Calcutta medical institutions reports 1871-78
Year: 1871
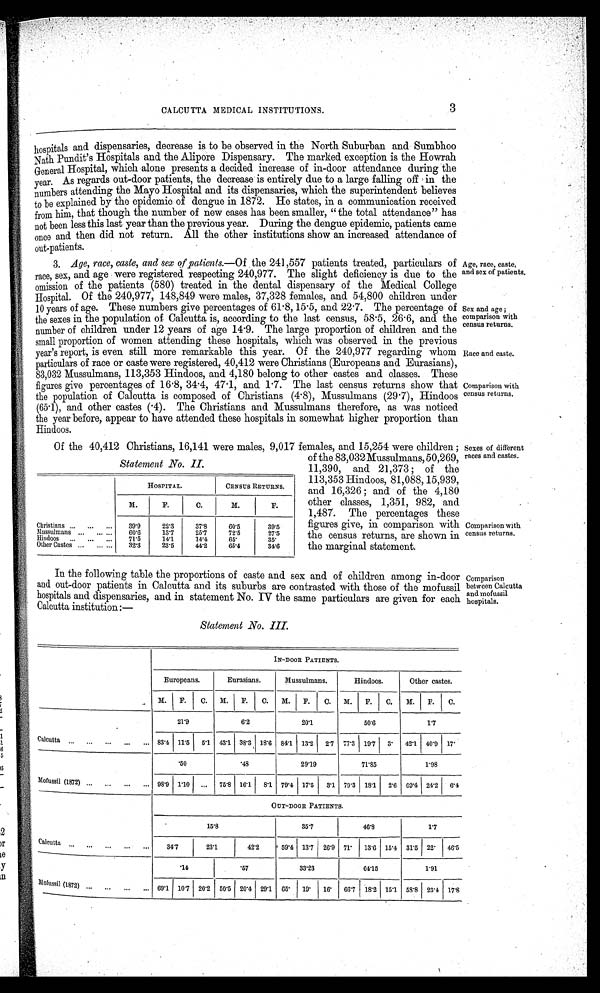
CALCUTTA MEDICAL INSTITUTIONS.
3
hospitals and dispensaries, decrease is to be observed in the North Suburban and Sumbhoo
Nath Pundit 's Hospitals and the Alipore Dispensary. The marked exception is the Howrah
General Hospital, which alone presents a decided increase of in-door attendance during the
year. As regards out-door patients, the decrease is entirely due to a large falling off in the
numbers attending the Mayo Hospital and its dispensaries, which the superintendent believes
to be explained by the epidemic of dengue in 1872. He states, in a communication received
from him, that though the number of new cases has been smaller, " the total attendance" has
not been less this last year than the previous year. During the dengue epidemic, patients came
once and then did not return. All the other institutions show an increased attendance of
out-patients.
3. Age, race, caste, and sex of patients.—Of the 241,557 patients treated, particulars of Age, race, caste,
race, sex, and age were registered respecting 240,977. The slight deficiency is due to the
omission of the patients (580) treated in the dental dispensary of the Medical College
Hospital. Of the 240,977, 148,849 were males, 37,328 females, and 54,800 children under
10 years of age. These numbers give percentages of 61·8, 15·5, and 22·7. The percentage of
the sexes in the population of Calcutta is, according to the last census, 58 .5, 26. 6, and the
number of children under 12 years of age 14 .9. The large proportion of children and the
small proportion of women attending these hospitals, which was observed in the previous
year's report, is even still more remarkable this year. Of the 240,977 regarding whom
particulars of race or caste were registered, 40,412 were Christians (Europeans and Eurasians),
83,032 Mussulmans, 113,353 Hindoos, and 4,180 belong to other castes and classes. These
figures give percentages of 16·8, 34 .4, 47 . 1, and 1·7. The last census returns show that
the population of Calcutta is composed of Christians (4·8), Mussulmans (29·7), Hindoos
(65·1), and other castes (·4). The Christians and Mussulmans therefore, as was noticed
the year before, appear to have attended these hospitals in somewhat higher proportion than
Hindoos.
Age, race, caste, and sex of patients
.
Sex and age ;
comparison with
census returns.
Race and caste.
Comparison with
census returns.
Of the 40,412 Christians, 16,141 were males, 9,017 females, and 15,254 were children ;
of the 83,032 Mussulmans, 50,269,
11,390, and 21,373 ; of the
113,353 Hindoos, 81,088, 15,939,
and 16,326 ; and of the 4,180
other classes, 1,351, 982, and
1,487. The percentages these
figures give, in comparison with
the census returns, are shown in
the marginal statement.
Sexes of different
races and castes.
Comparison with
census returns.
In the following table the proportions of caste and sex and of children among in-door
and out-door patients in Calcutta and its suburbs are contrasted with those of the mofussil
hospitals and dispensaries, and in statement No. IV the same particulars are given for each
Calcutta institution:—
Comparison
between Calcutt
a and mofussil hospitals.
Statement No. III.
IN-DOOR PATIENTS.
Europeans.
Eurasians.
Mussulmans.
Hindoos.
Other castes.
M. F. C. M. F.
C . M. F. C. M. F. C. M. F.
C .
21·9
6·2
20·1
50·6
1·7
Calcutta
83·4 11·5 5·1 43·1. 38·3 18·6 84·1 13·2 2·7 77·3 19·7 3· 42·1 40·9 17·
· 5 0
· 4 8
29·19
71·85
1·98
Mofussil (1872) 98·9 1·10 ... 75·8 16·1 8·1. 79·4 17·5 3·1 79·3 18·1 2·6 69·4 24·2 6·4
OUT-DOOR PATIENTS.
15·8
35·7
46·8
1·7
Calcutta
34·7
23·1
42·2
59·4 13·7 26·9 71· 13·6 15·4 31·5 22· 46·5
· 1 4
· 5 7
33·23
64·15
1·91
Mofussil (1872)
69·1 10 ·7 20·2 50·5 20·4 29·1 65· 19· 16· 66·7
1 8 · 2 15·1 58·8 23·4 17·8
Statement No. IL
HOSPITAL.
CENSUS RETURNS.
M.
F.
C.
M.
F.
Christians
39·9
22·3
37·8
60·5
39·5
Mussulmans
60·6
13·7
25·7
72·5
27·5
hINDOOS 71·5
14·1.
14·4
65·
35·
Other Castes
32·3
23·5
44·2
65·4
34·6